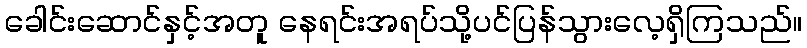
ခေါင်းဆောင်နှင့်အတူ နေရင်းအရပ်သို့ပင်ပြန်သွားလေ့ရှိကြသည်။